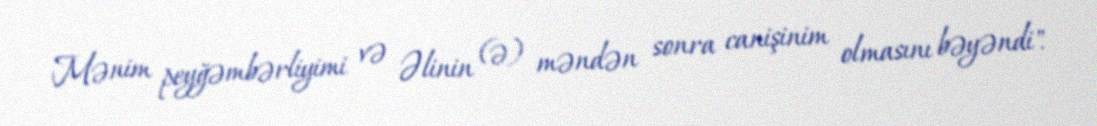
Mənim peyğəmbərliyimi və Əlinin (ə) məndən sonra canişinim olmasını bəyəndi".